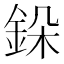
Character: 䤪